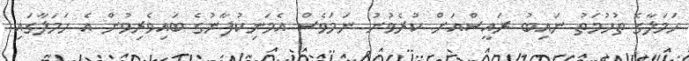
ހަމަލާގެ ތުހުމަތު ނައިބު ރައީސްއަށް ކުރެވުނު ނަމަވެސް އެމަނިކުފާނުގެ ބައިވެރިވުން އެ ހަމަލާގައި